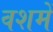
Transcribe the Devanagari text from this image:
वशमें